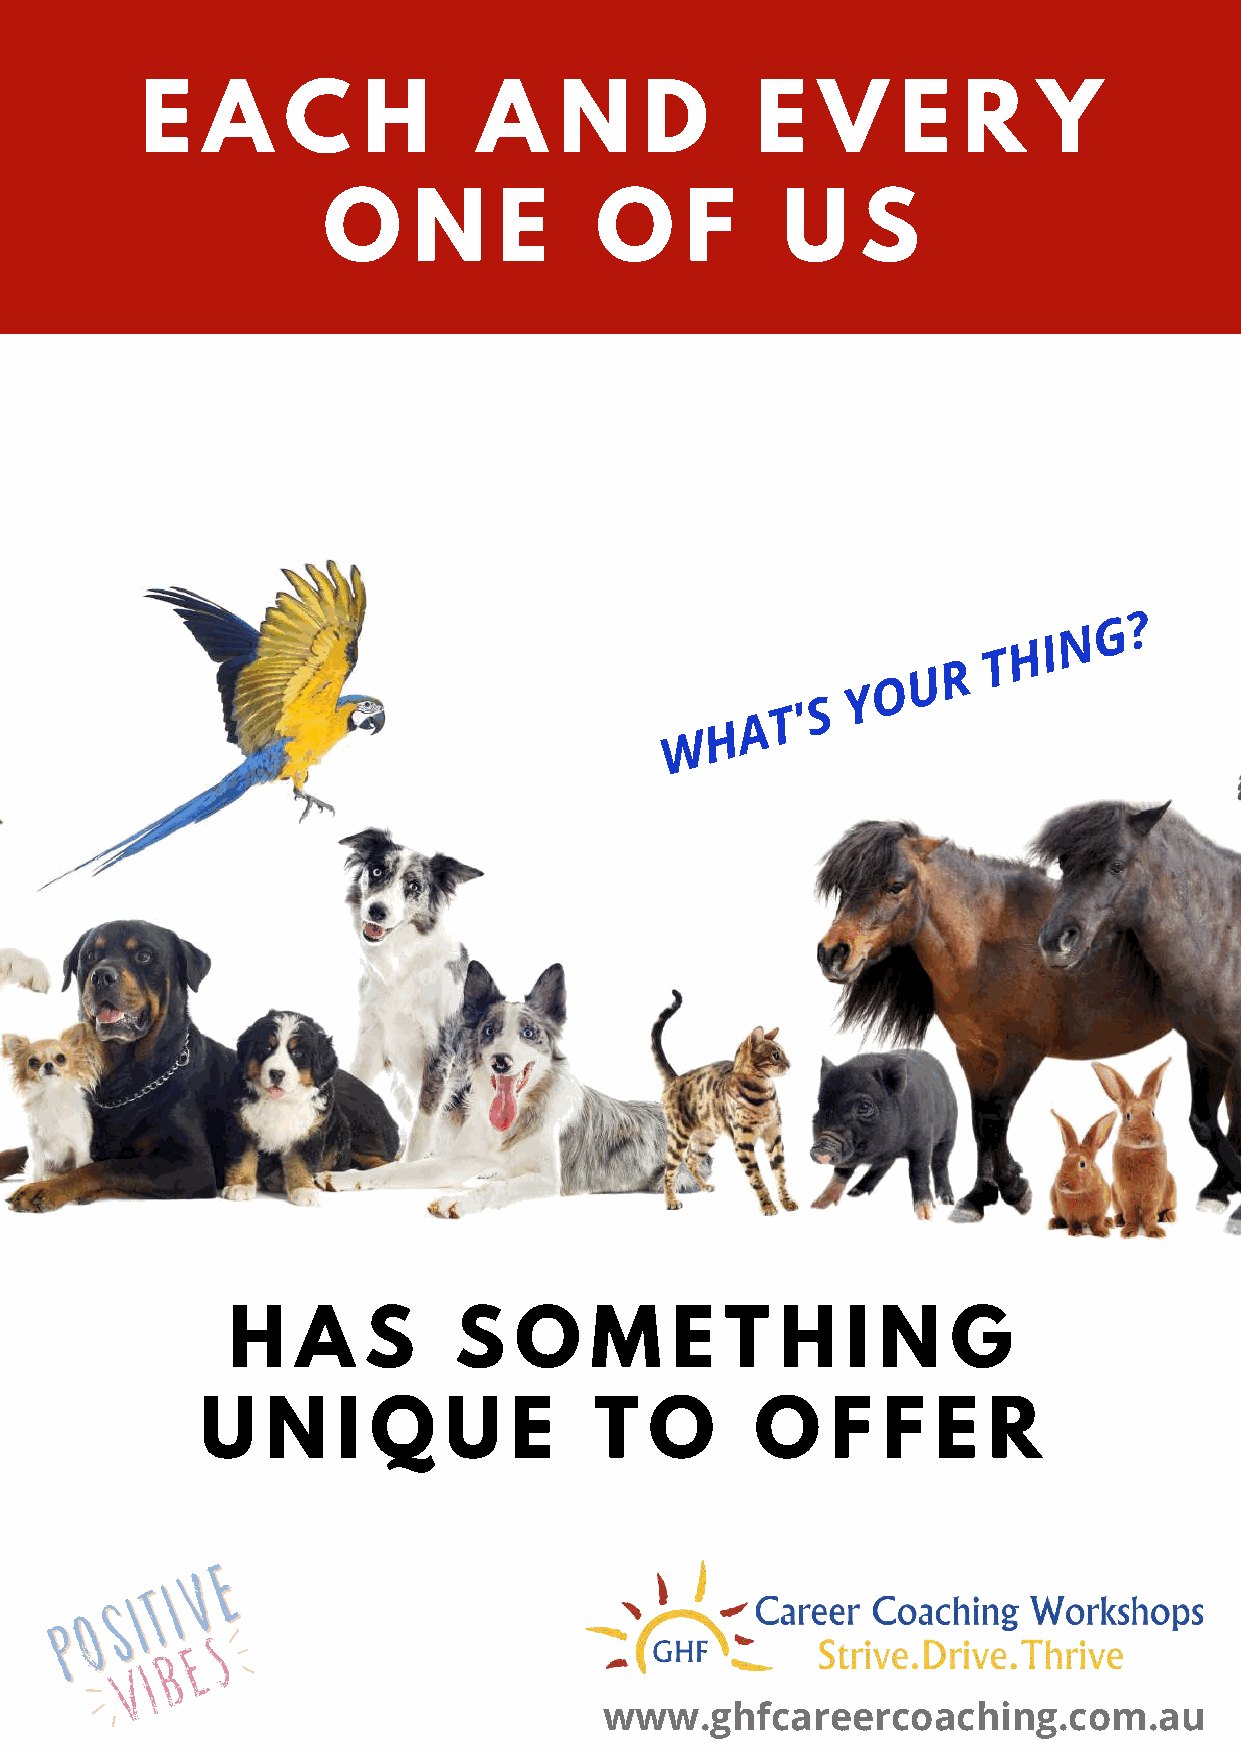
E   A     C    H       A    N     D      E   V     E   R    Y
 O     N     E     O     F      U    S
 G ?
 N
 H I
 T
 R
 U
 O
 Y
 S
 T '
 A
 H
 W
 H    A   S     S   O    M    E   T   H   I N    G
 U    N   I Q    U    E    T   O      O    F  F   E  R
 www.ghfcareercoaching.com.au